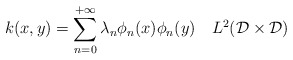
\begin{align*} k(x,y) = \sum_{n=0}^{+\infty}\lambda_n\phi_n(x)\phi_n(y) \ \ \ L^2(\mathcal{D}\times\mathcal{D})\end{align*}